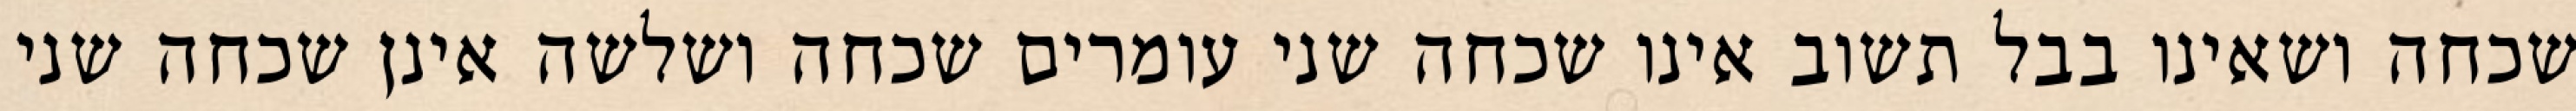
שכחה ושאינו בבל תשוב אינו שכחה שני עומרים שכחה ושלשה אינן שכחה שני